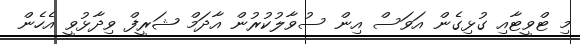
މި ޓްވީޓާއި ގުޅިގެން އަވަސް އިން ސުވާލުކުރުން އާދަމް ޝަރީފް ވިދާޅުވީ އެހެން